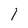
Character: 1